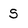
Character: S